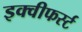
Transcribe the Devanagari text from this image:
इक्वीफर्स्ट